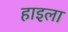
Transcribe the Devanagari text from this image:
हाइला